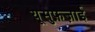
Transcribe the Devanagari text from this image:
यूसुफ़ज़ाई